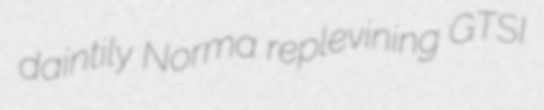
daintily Norma replevining GTSI